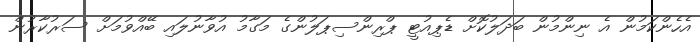
އެހެންކަމުން އެ ނިންމުން ބަދަލުކޮށް ޑެޕިއުޓީ ޕްރިންސިޕަލުންގެ މަގާމު އުވާނުލައި ބޭއްވުމަށް ސަރުކާރުން